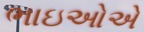
ભાઇઓએ